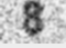
8